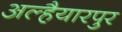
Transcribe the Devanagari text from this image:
अल्हैयारपुर